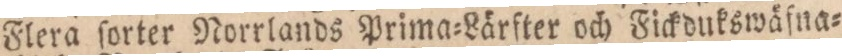
Flera ſorter Norrlands Prima=Lärfter och Fickdukswäfna=